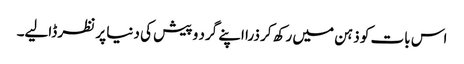
اس بات کو ذہن میں رکھ کر ذرا اپنے گرد و پیش کی دنیا پر نظر ڈالیے۔